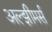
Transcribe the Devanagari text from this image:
अल्झीमर्स